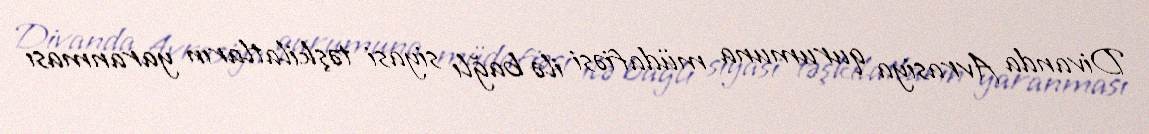
Divanda Avrasiya qurumuna müdafiəsi ilə bağlı siyasi təşkilatların yaranması